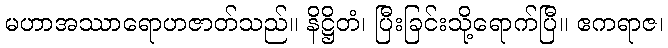
မဟာအဿာရောဟဇာတ်သည်။ နိဋ္ဌိတံ၊ ပြီးခြင်းသို့ရောက်ပြီ။ ဧကရာဇ၊